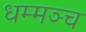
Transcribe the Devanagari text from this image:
धम्मञ्च